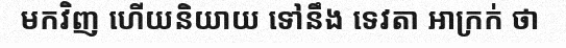
មកវិញ ហើយនិយាយ ទៅនឹង ទេវតា អាក្រក់ ថា